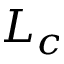
L _ { c }